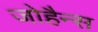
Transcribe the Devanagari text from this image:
जोहैन्स